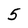
Character: 5